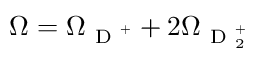
\Omega = \Omega _ { \mathrm { ~ D ~ } ^ { + } } + 2 \Omega _ { \mathrm { ~ D ~ } _ { 2 } ^ { + } }